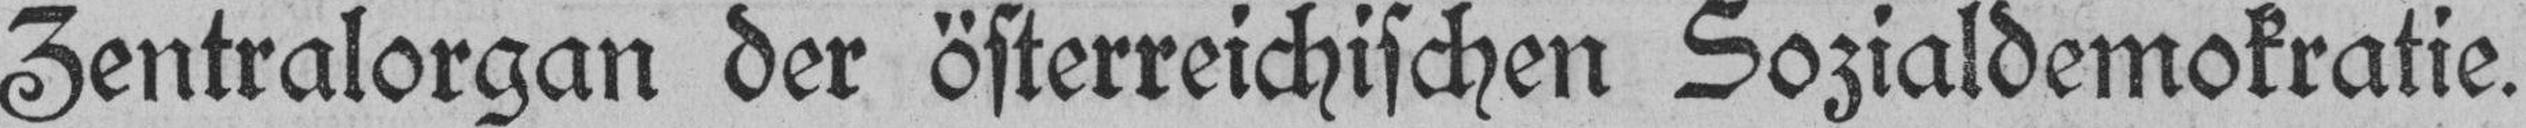
Zentralorgan der österreichischen Sozialdemokratie.